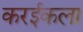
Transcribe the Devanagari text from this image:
करईकला